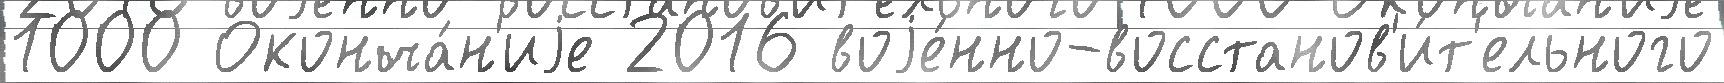
1000 Оконча́н'иjе 2016 воjе́нно-восстанов'и́т'ельного